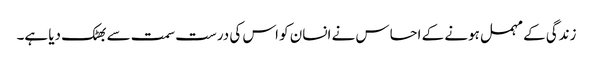
زندگی کے مہمل ہونے کے احساس نے انسان کو اس کی درست سمت سے بھٹک دیا ہے۔